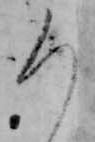
ろ